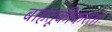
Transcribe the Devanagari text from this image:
वाहतूकीकरता